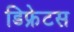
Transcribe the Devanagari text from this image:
डिफ्रेटस